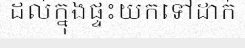
ដល់ក្នុងផ្ទះយកទៅដាក់